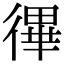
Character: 𢕏